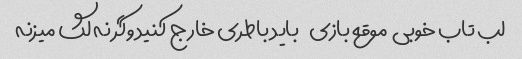
لب تاب خوبی  موقع بازی    باید باطری خارج کنید وگر نه لگ میزنه